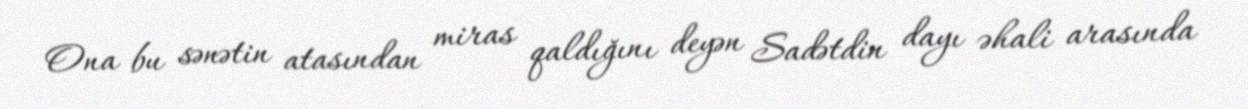
Ona bu sənətin atasından miras qaldığını deyən Sadətdin dayı əhali arasında